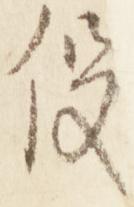
役